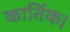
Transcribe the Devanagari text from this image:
कार्तिक।